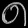
Digit: ၈